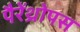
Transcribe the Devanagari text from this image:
पैरेंथ्रोपस